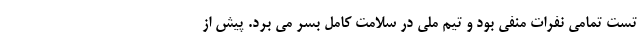
تست تمامی نفرات منفی بود و تیم ملی در سلامت کامل بسر می برد. پیش از